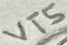
Text: VT5